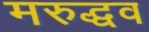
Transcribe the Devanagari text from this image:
मरुद्धव